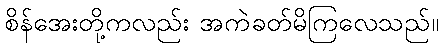
စိန်အေးတို့ကလည်း အကဲခတ်မိကြလေသည်။